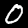
Label: 0